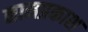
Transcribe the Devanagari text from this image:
नामप्रकाश